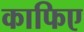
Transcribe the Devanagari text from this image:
काफिए